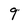
Character: 9